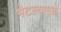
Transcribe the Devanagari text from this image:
भेटल्यामुळे